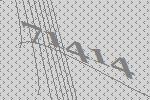
71414